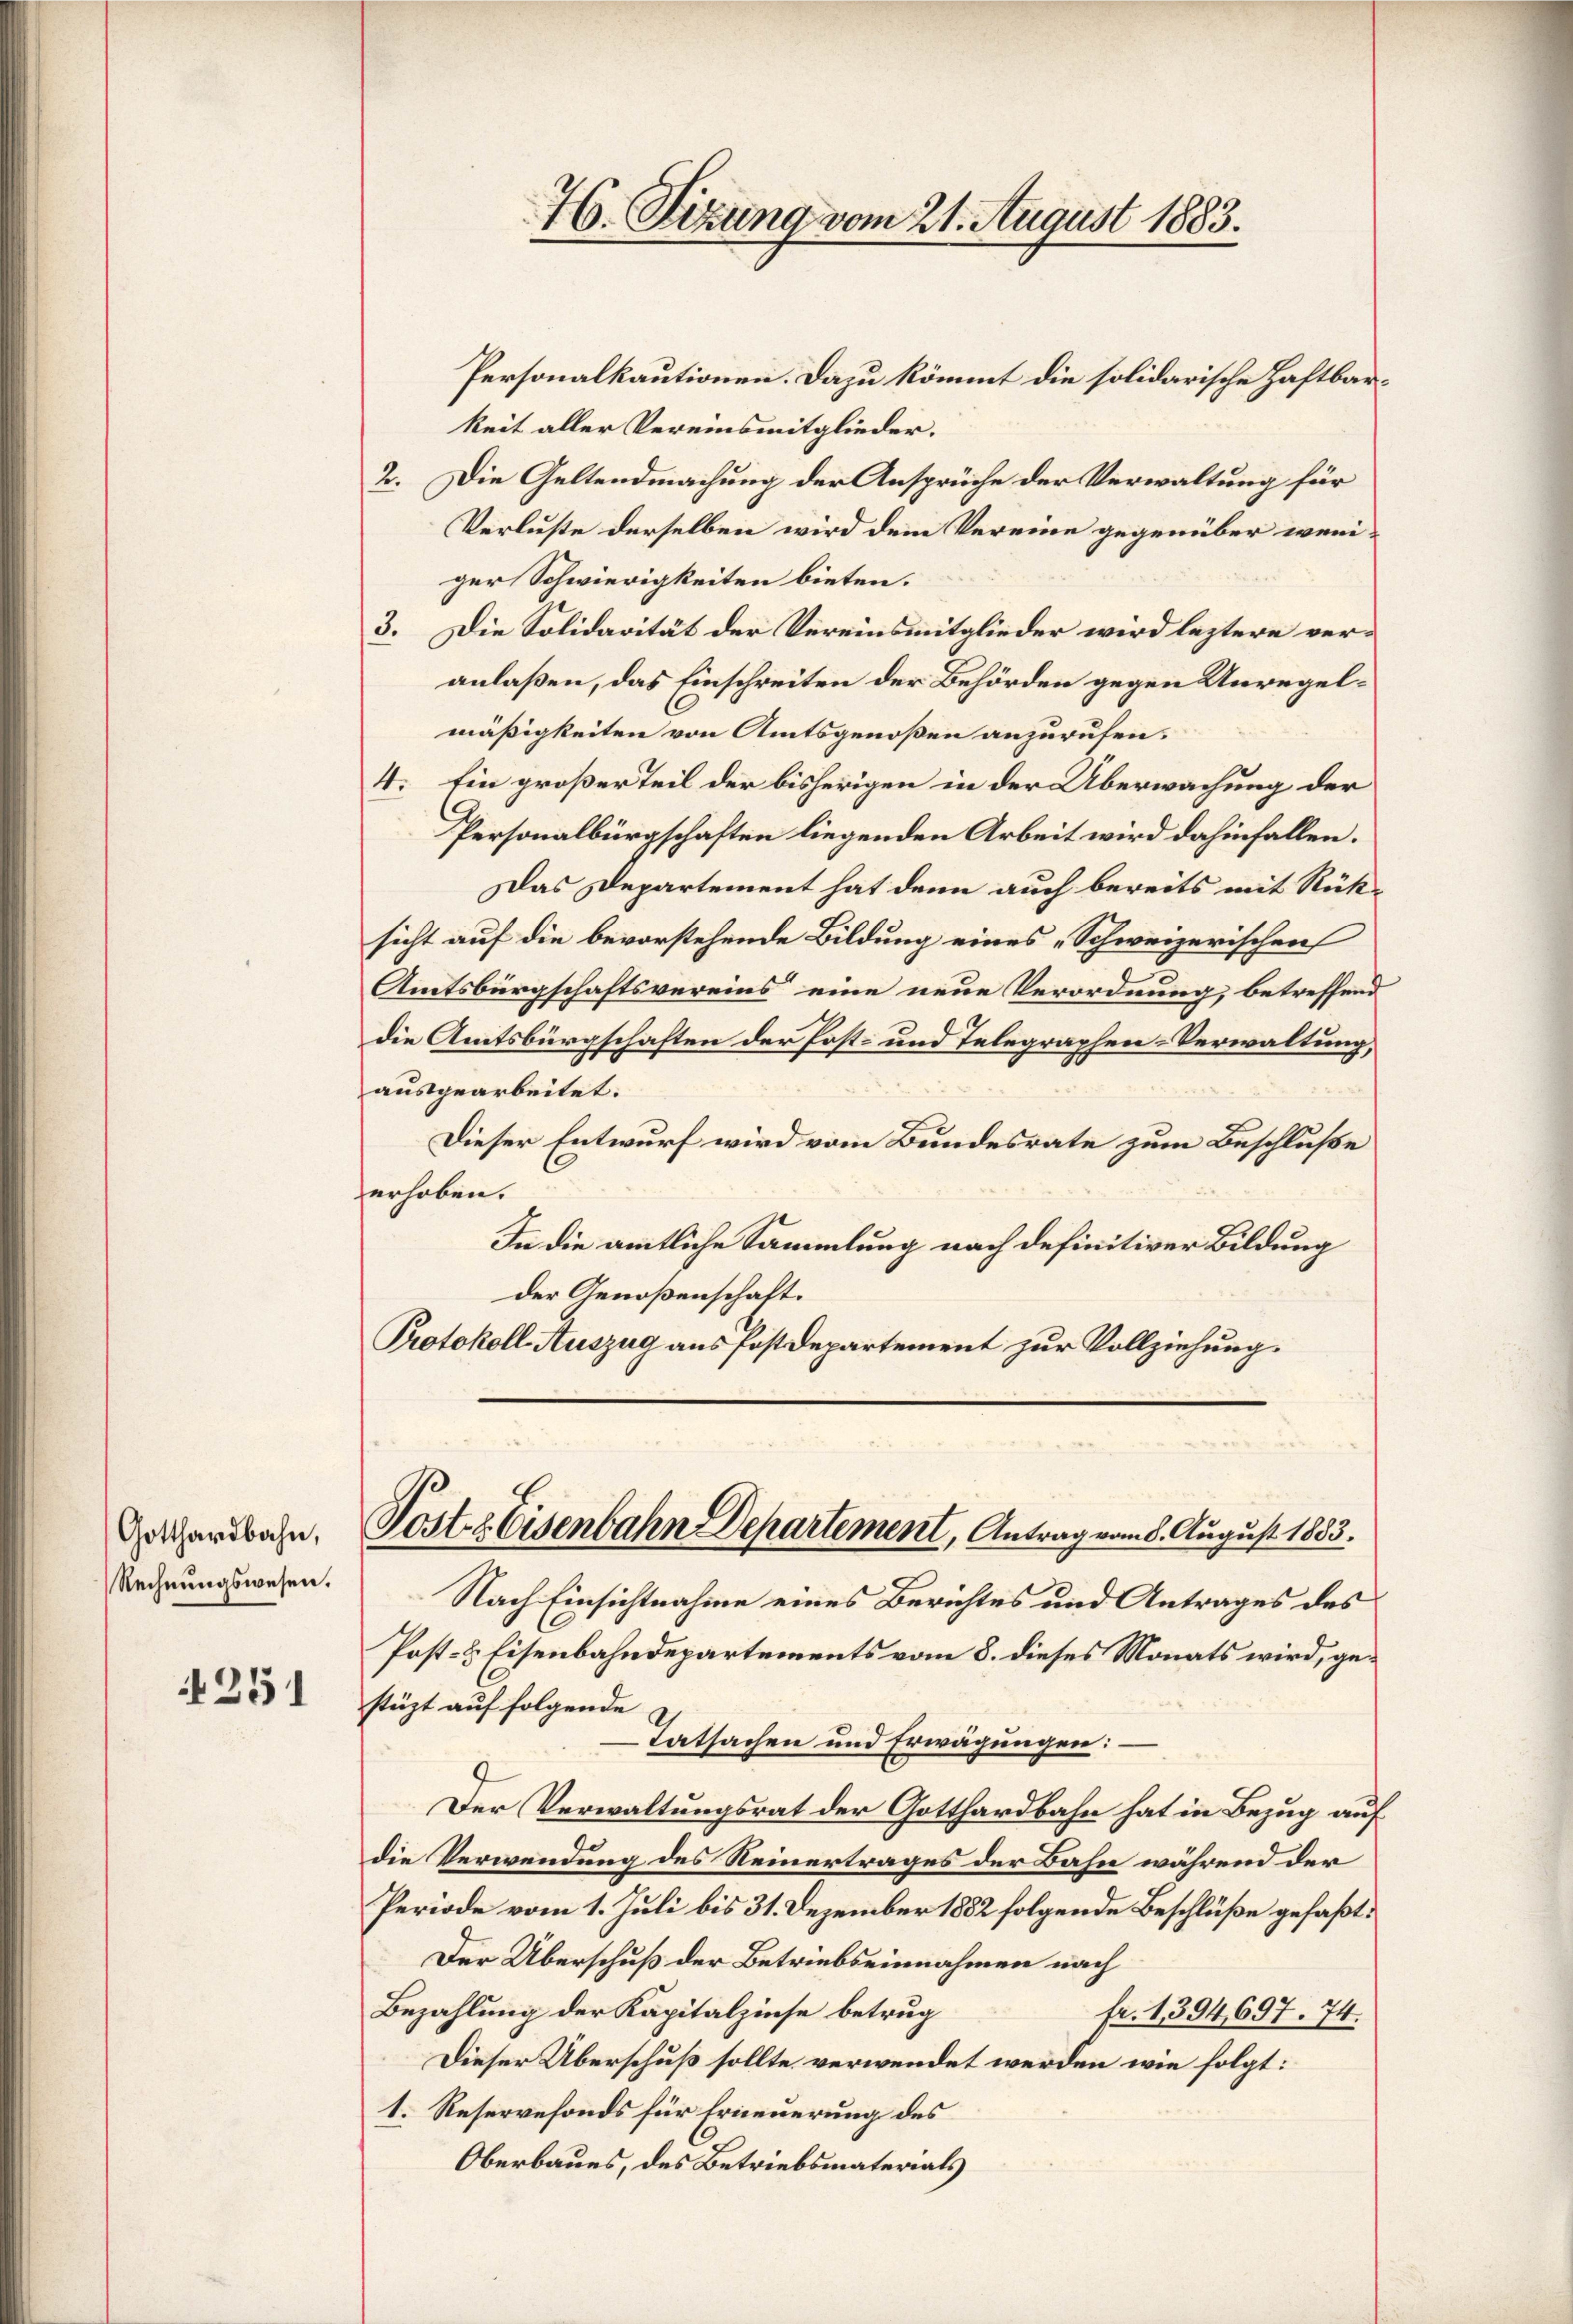
Gotthardbahn,
Rechnungswesen.

251

46. Sizung vom 21. August 1883.

Personalkautionen. Dazu kömmt die solidarische Haftbarkeit aller Vereinsmitglieder.
2. Die Geltendmachung der Ansprüche der Verwaltung für
Verluste derselben wird dem Vereine gegenüber weniger Schwierigkeiten bieten.
3. Die Solidarität der Vereinsmitglieder wird leztere veranlaßen, das Einschreiten der Behörden gegen Unregelmäßigkeiten von Amtsgenoßen anzurufen.
4. Ein großer Teil der bisherigen in der Überwachung der
Personalbürgschaften liegenden Arbeit wird dahinfallen.
Das Departement hat denn auch bereits mit Rüksicht auf die bevorstehende Bildung eines „Schweizerischen
Amtsbürgschaftsvereins eine neue Verordnung, betreffend
die Amtsbürgschaften der Post- und Telegraphen-Verwaltung,
ausgearbeitet.
Dieser Entwurf wird vom Bundesrate zum Beschluße
erhoben.
In die amtliche Sammlung nach definitiver Bildung
der Genoßenschaft.
Protokoll- Auszug aus Postdepartement zur Vollziehung.

Post- & Eisenbahn Departement, Antrag vom 8. August 1883.

Nach Einsichtnahme eines Berichtes und Antrages des
Post- & Eisenbahndepartements vom 8. dieses Monats wird, gestüzt auf folgende
Tatsachen und Erwägungen:
Der Verwaltungsrat der Gotthardbahn hat in Bezug auf
die Verwendung des Reinertrages der Bahn während der
Periode vom 1. Juli bis 31. Dezember 1882 folgende Beschlüße gefaßt:
Der Überschuß der Betriebseinnahmen nach
Bezahlung der Kapitalzinse betrug
fr. 1394, 697. 74.
Dieser Überschuß sollte verwendet werden wie folgt:
1. Reservefonds für Erneuerung des
Oberbaues, des Betriebsmaterials